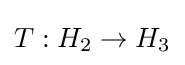
T:H_{2}\to H_{3}